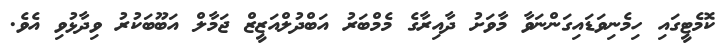
ކޮމެޓީގައި ހިމެނިވަޑައިގަންނަވާ މާވަށު ދާއިރާގެ މެމްބަރު އަބްދުލްއަޒީޒް ޖަމާލް އަބޫބަކުރު ވިދާޅުވި އެވެ.